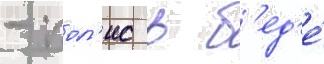
- пол'ис в б'ед'е́